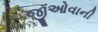
જીઓવાની